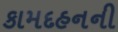
કામદહનની